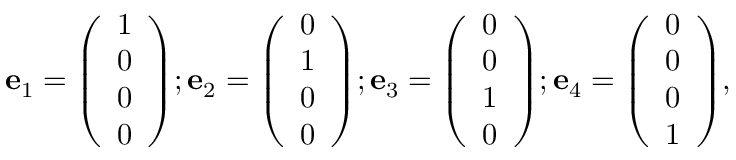
\mathbf { e } _ { 1 } = { \left( \begin{array} { l } { 1 } \\ { 0 } \\ { 0 } \\ { 0 } \end{array} \right) } ; \mathbf { e } _ { 2 } = { \left( \begin{array} { l } { 0 } \\ { 1 } \\ { 0 } \\ { 0 } \end{array} \right) } ; \mathbf { e } _ { 3 } = { \left( \begin{array} { l } { 0 } \\ { 0 } \\ { 1 } \\ { 0 } \end{array} \right) } ; \mathbf { e } _ { 4 } = { \left( \begin{array} { l } { 0 } \\ { 0 } \\ { 0 } \\ { 1 } \end{array} \right) } ,